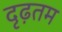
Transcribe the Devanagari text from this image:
दृढ़तम